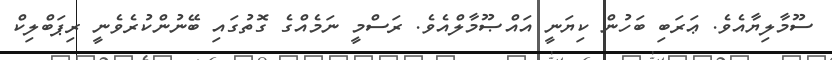
ސޫމާލިޔާއެވެ. ޢަރަބި ބަހުން ކިޔަނީ އައްޞޫމާލްއެވެ. ރަސްމީ ނަމެއްގެ ގޮތުގައި ބޭނުންކުރެވެނީ ރިޕަބްލިކް